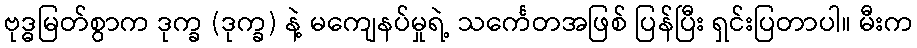
ဗုဒ္ဓမြတ်စွာက ဒုက္ခ (ဒုက္ခ) နဲ့ မကျေနပ်မှုရဲ့ သင်္ကေတအဖြစ် ပြန်ပြီး ရှင်းပြတာပါ။ မီးက